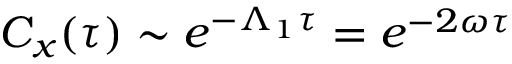
C _ { x } ( \tau ) \sim e ^ { - \Lambda _ { 1 } \tau } = e ^ { - 2 \omega \tau }